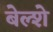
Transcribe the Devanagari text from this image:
बेल्शे